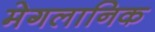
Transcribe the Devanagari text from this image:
मेगलानिक